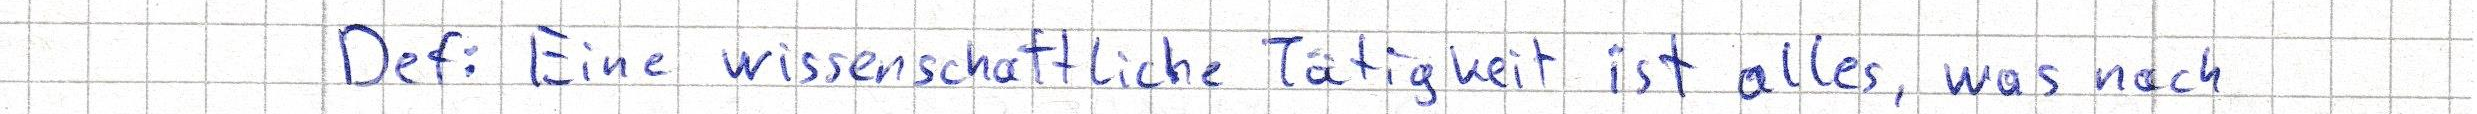
Def: Eine wissenschaftliche Tätigkeit ist alles, was nach